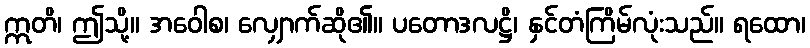
ဣတိ၊ ဤသို့။ အဝေါစ၊ လျှောက်ဆို၏။ ပတောဒလဋ္ဌိ၊ နှင်တံကြိမ်လုံးသည်။ ရထော၊